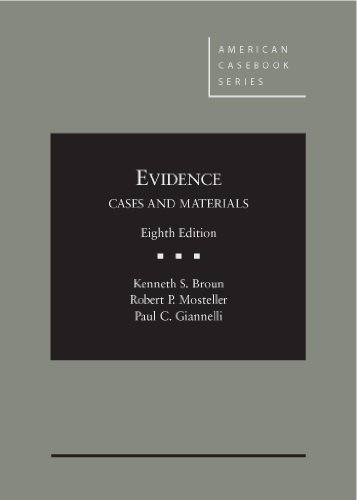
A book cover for Evidence (American Casebook Series); Kenneth Broun; Law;